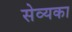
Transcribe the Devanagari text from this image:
सेव्यका